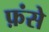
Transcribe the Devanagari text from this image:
फ़ंसे